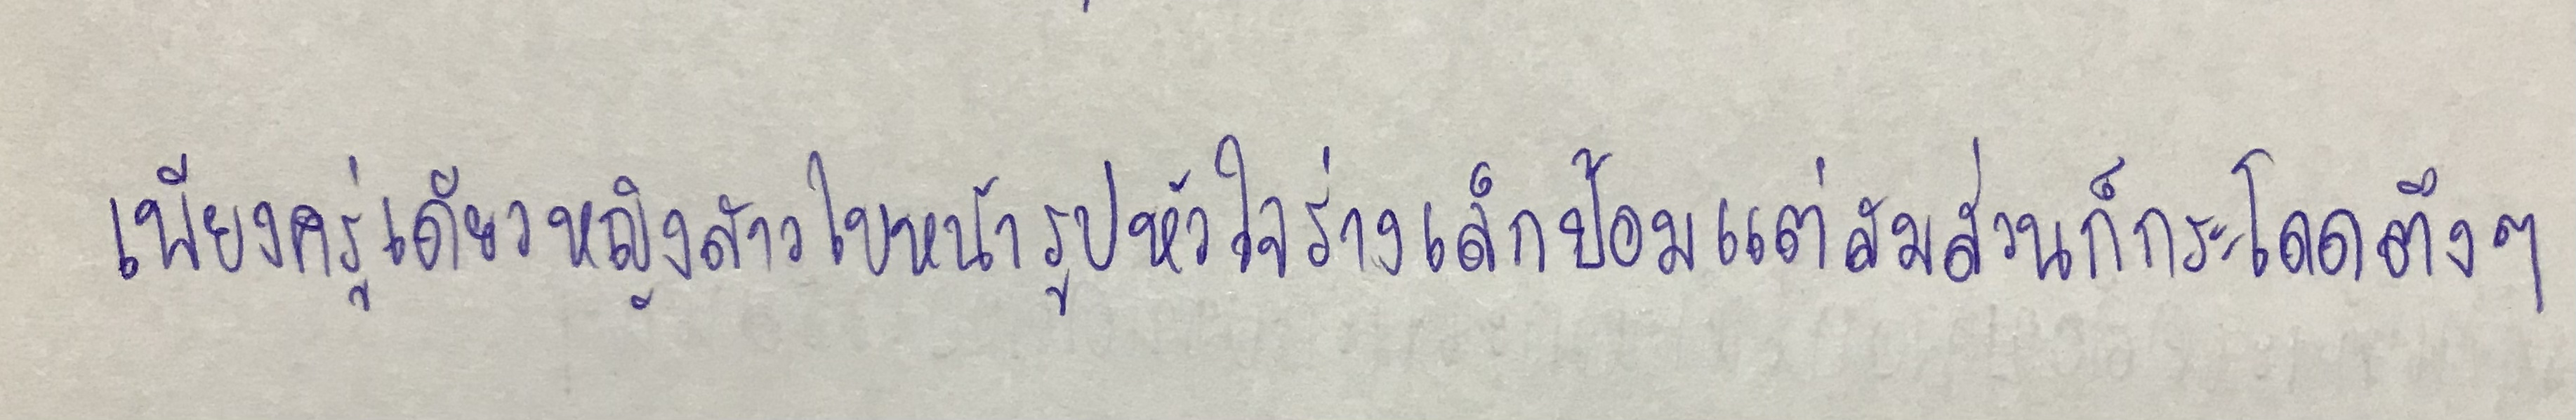
เพียงครู่เดียวหญิงสาวใบหน้ารูปหัวใจร่างเล็กป้อมแต่สมส่วนก็กระโดดตึงๆ